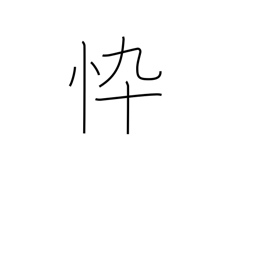
Meaning: haggard